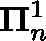
\mathbf { \Pi } _ { n } ^ { 1 }